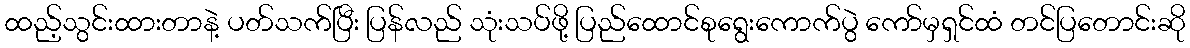
ထည့်သွင်းထားတာနဲ့ ပတ်သက်ပြီး ပြန်လည် သုံးသပ်ဖို့ ပြည်ထောင်စုရွေးကောက်ပွဲ ကော်မှရှင်ထံ တင်ပြတောင်းဆို